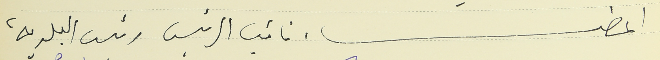
اعضاء نائب الرئيس رئيس البلدية